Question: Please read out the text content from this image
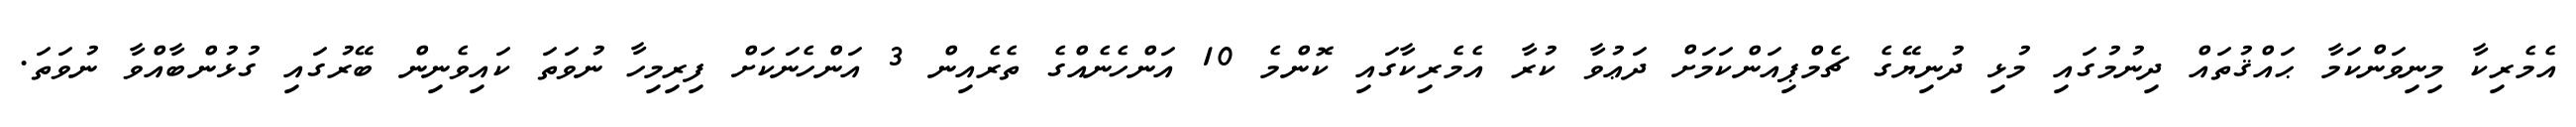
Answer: އެމެރިކާ މިނިވަންކަމާ ޙައްޤުތައް ދިނުމުގައި މުޅި ދުނިޔޭގެ ޗެމްޕިއަންކަމަށް ދަޢުވާ ކުރާ އެމެރިކާގައި ކޮންމެ 10 އަންހެނެއްގެ ތެރެއިން 3 އަންހެނަކަށް ފިރިމިހާ ނުވަތަ ކައިވެނިން ބޭރުގައި ގުޅުންބާއްވާ ނުވަތަ.